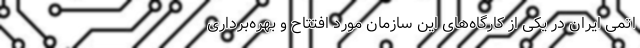
اتمی ایران در یکی از کارگاه‌های این سازمان مورد افتتاح و بهره‌برداری